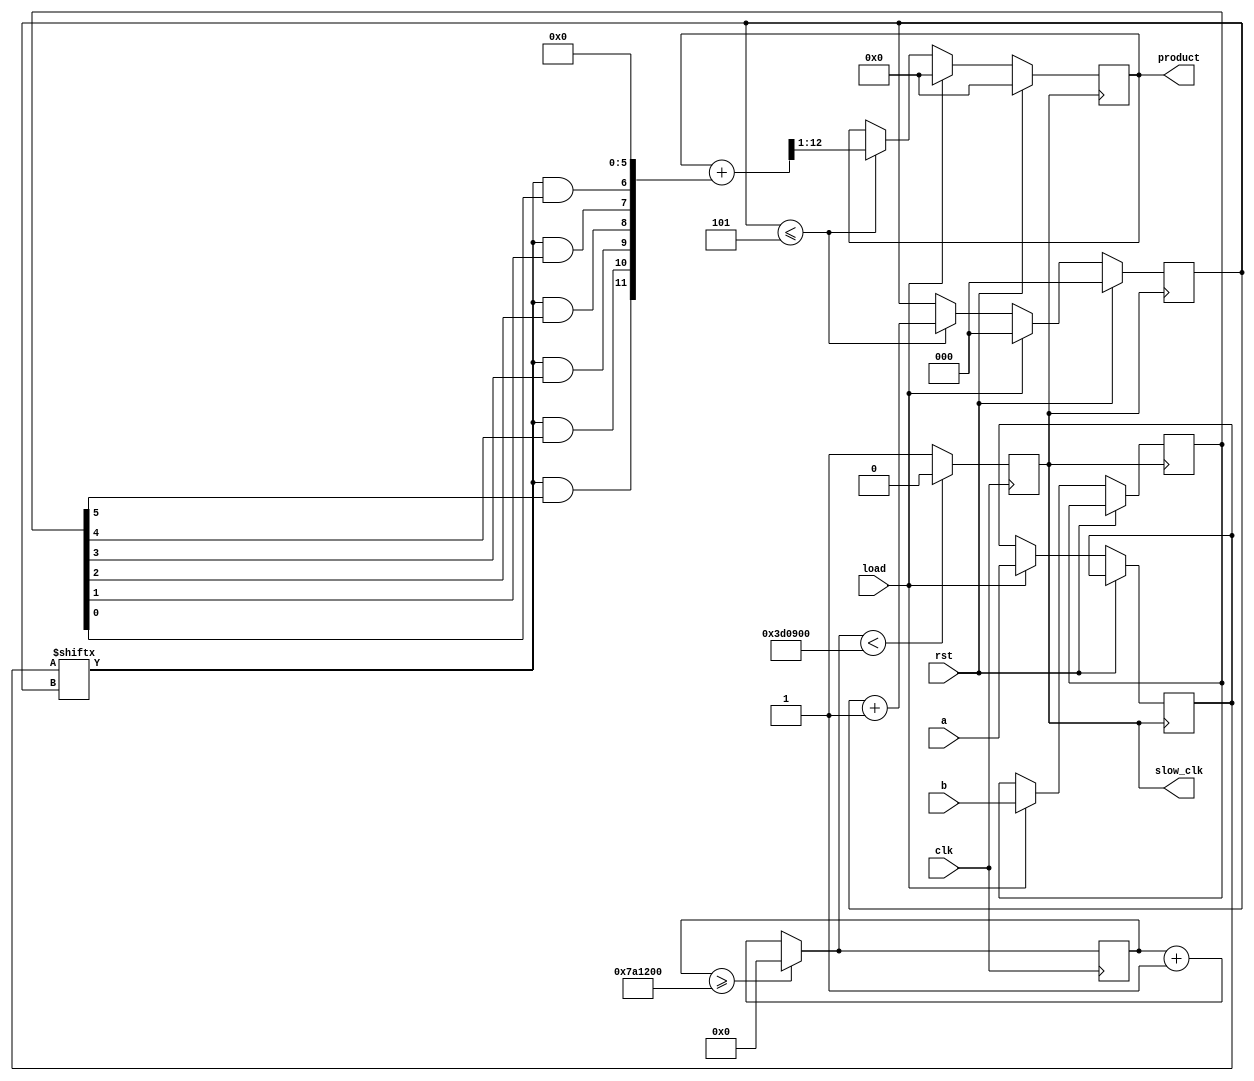
`timescale 1ns / 1ps
//////////////////////////////////////////////////////////////////////////////////
// Company: 
// Engineer: 
// 
// Design Name: 
// Module Name:    unsigned_seq_mul_RS 
// Project Name: 
// Target Devices: 
// Tool versions: 
// Description: 
//
// Dependencies: 
//
// Revision: 
// Revision 0.01 - File Created
// Additional Comments: 
//
//////////////////////////////////////////////////////////////////////////////////
module unsigned_seq_mul_RS(
    input clk,
    input rst,
    input load,
    input [5:0]a,
    input [5:0]b,
    output reg [11:0]product,
	 output reg slow_clk
    );
reg [5:0]la,lb;
reg [2:0]counter=0;
reg [11:0] temp;	
reg [32:0]mcounter=0;
reg [12:0]product1;
 
always @(posedge clk)
    begin
        mcounter = (mcounter>=8000000)?0:mcounter+1;
        slow_clk = (mcounter < 4000000)?1'b0:1'b1;
    end
always @(posedge slow_clk)
begin
	if(rst==1)
	begin
		product=0;
		product1=0;
		counter=0;
	end
	else if(load==1)
	begin
		product=0;
		product1=0;
		counter=0;
		la=a[5:0];
		lb=b[5:0];
	end
	else if(counter<=5)
	begin	
		temp[5:0]=6'b000000;
		temp[11]=la[counter]&lb[5];
		temp[10]=la[counter]&lb[4];
		temp[9]=la[counter]&lb[3];
		temp[8]=la[counter]&lb[2];
		temp[7]=la[counter]&lb[1];
		temp[6]=la[counter]&lb[0];
		product1=product+temp;
		product=product1>>1;
		
		counter=counter+1;
	end
end



endmodule